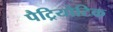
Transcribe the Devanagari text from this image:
पैट्रियोटिक